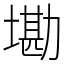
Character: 墈